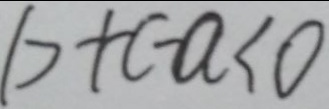
b + c - a < 0